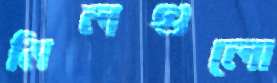
মিলগুলো